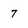
Character: 7